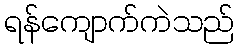
ရန်ကျောက်ကဲသည်